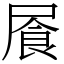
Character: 䬤